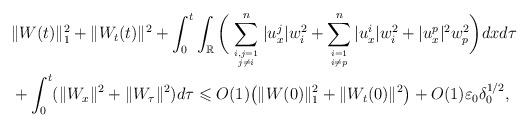
LaTeX: \begin{align*}&\|W(t)\|_1^2 + \|W_t(t)\|^2+\int_0^t \int_\mathbb{R} \bigg(\sum_{i,j = 1\atop j \neq i}^n |u^j_x| w_i^2+\sum_{i=1 \atop i \neq p}^n |u^i_x| w_i^2+ |u^p_x|^2w_p^2\bigg)dxd\tau\\&+ \int_0^t(\|W_x\|^2 + \|W_\tau\|^2)d\tau\leqslant O(1)\big( \|W(0)\|_1^2 + \|W_t(0)\|^2\big)+ O(1) \varepsilon_0 \delta_0^{{1}/{2}},\end{align*}